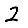
Digit: 2